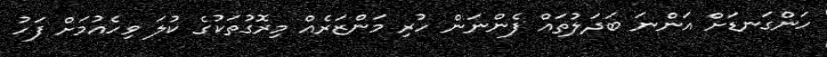
ހަންގަނޑަށް އަންނަ ބަދަލުތައް ފެންނަން ހުރި މަންޒަރެއް މިރޮގުތަކުގެ ކުލަ ވިހެއުމަށް ފަހު